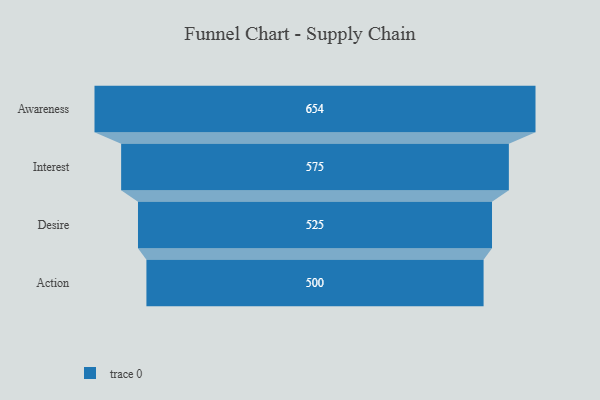
{"axis": {"x": "Stage", "y": "Value"}, "legend": [""], "data": [{"x": "Awareness", "y": 654.0, "type": ""}, {"x": "Interest", "y": 575.0, "type": ""}, {"x": "Desire", "y": 525.0, "type": ""}, {"x": "Action", "y": 500, "type": ""}]}